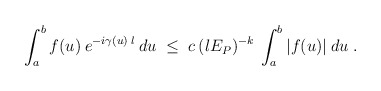
\begin{align*}\int_a^b f(u) \:e^{-i \gamma(u) \:l} \:du \;\leq\; c \: (l E_P )^{-k}\:\int_a^b |f(u)| \:du \;.\end{align*}